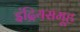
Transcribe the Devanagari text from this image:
इंद्रियसमूह